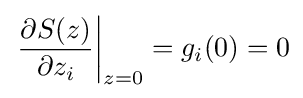
\left.{\frac {\partial S(z)}{\partial z_{i}}}\right|_{z=0}=g_{i}(0)=0